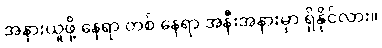
အနားယူဖို့ နေရာ တစ် နေရာ အနီးအနားမှာ ရှိနိုင်လား။